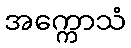
အက္ကောသံ